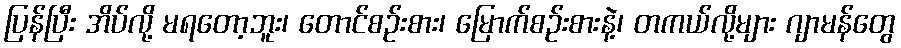
ပြန်ပြီး အိပ်လို့ မရတော့ဘူး၊ တောင်စဉ်းစား၊ မြောက်စဉ်းစားနဲ့၊ တကယ်လို့များ ဂျာမန်တွေ